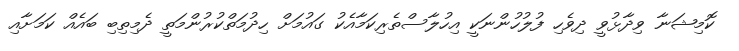
ކޮމިޝަނާ ވިދާޅުވީ ދިވެހި ފުލުހުންނަކީ އިހުލާސްތެރިކަމާއެކު ގައުމަށް ހިދުމަތްކުރުންމަތީ ދެމިތިބި ބައެއް ކަމަށާއި